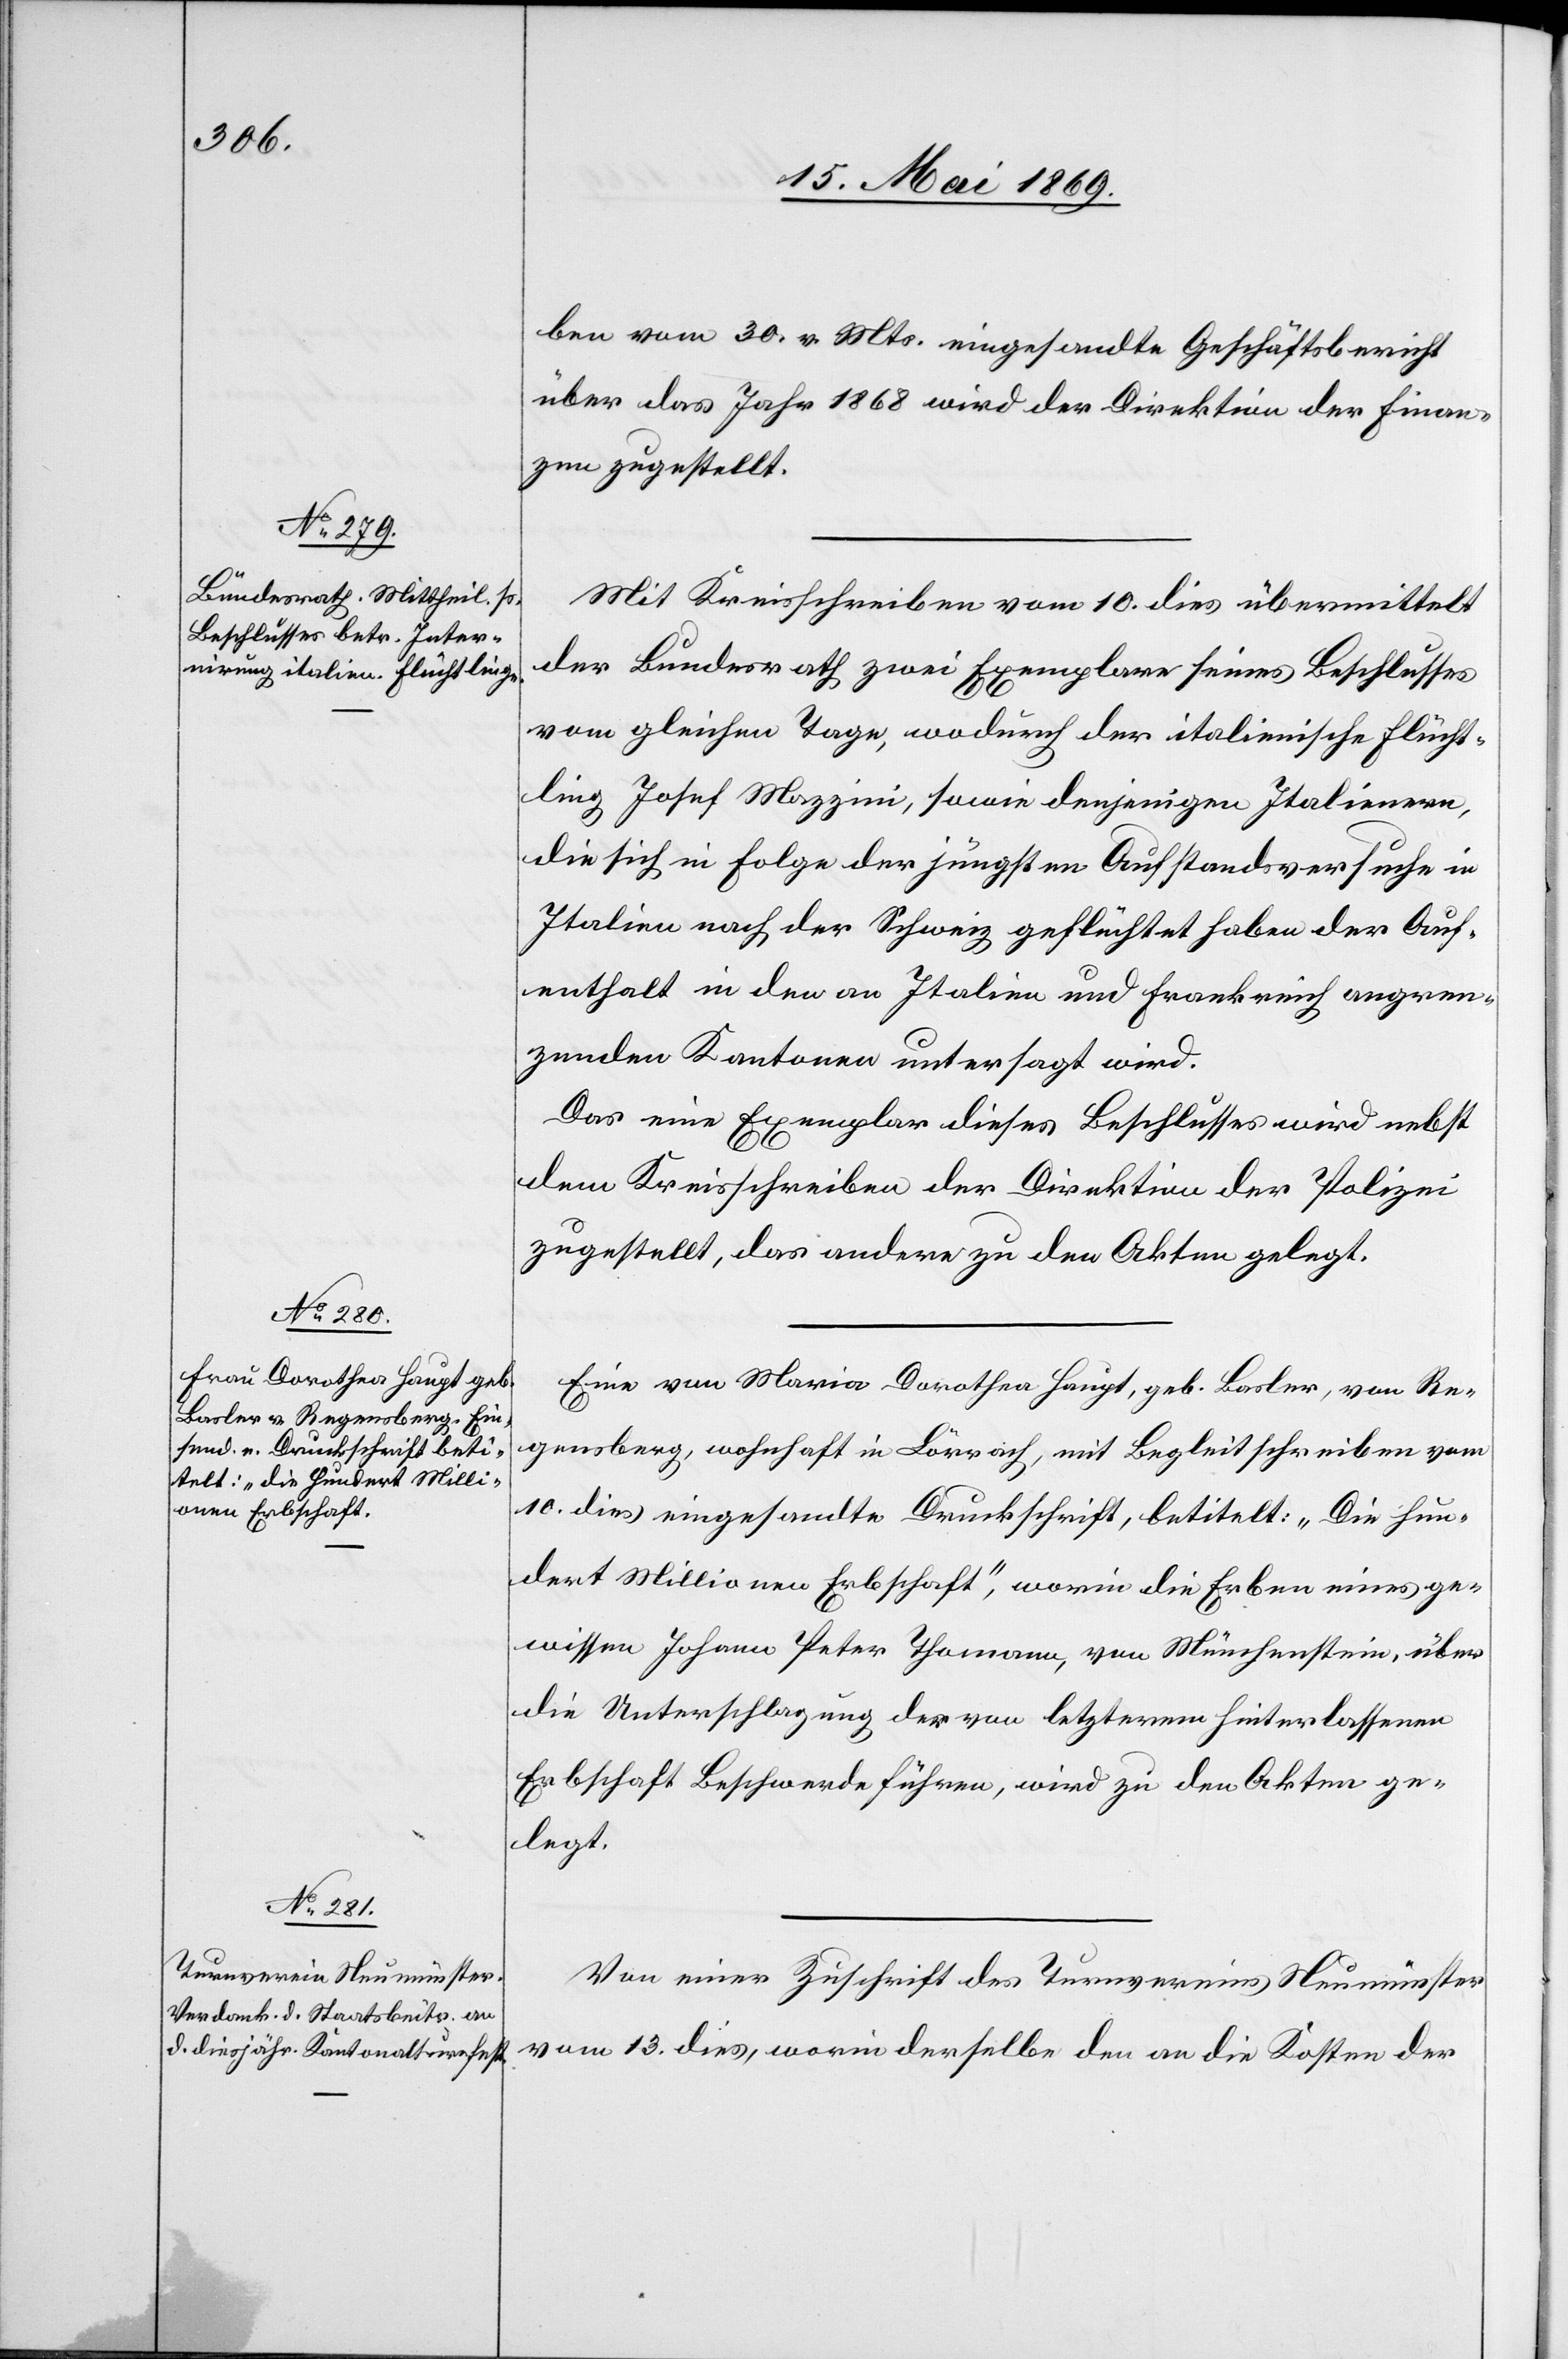
ben vom 30v. Mts. eingesandte Geschäftsbericht
über das Jahr 1868 wird der Direktion der Finan¬
zen zugestellt.
Mit Kreisschreiben vom 10 dies übermittelt
der Bundesrath zwei Exemplare seines Beschlusses
vom gleichen Tage, wodurch der italienische Flücht¬
ling Joseph Mazzini, sowie denjenigen Italienern,
die sich in Folge der jüngsten Aufstandesversuche in
Italien nach der Schweiz geflüchtet haben der Auf¬
enthalt in den an Italien und Frankreich angren¬
zenden Kantonen untersagt wird.
Das eine Exemplar dieses Beschlusses wird nebst
dem Kreisschreiben der Direktion der Polizei
zugestellt, das andere zu den Akten gelegt.
Eine von Maria Dorothea Haupt, geb. Basler, von Re¬
gensberg, wohnhaft in Lörrach, mit Begleitschreiben vom
10. dies eingesandte Druckschrift, betitelt: „Die Hun¬
dert Millionen Erbschaft“, worin die Erben eines ge¬
wissen Johann Peter Thomann, von Münchenstein, über
die Unterschlagung der von letzterem hinterlassenen
Erbschaft Beschwerde führen, wird zu den Akten ge¬
legt.
Von einer Zuschrift des Turnvereins Neumünster
vom 13 dies, worin derselbe den an die Kosten der